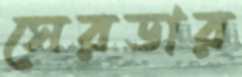
সেরডার